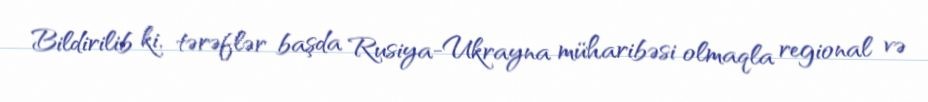
Bildirilib ki, tərəflər başda Rusiya-Ukrayna müharibəsi olmaqla regional və